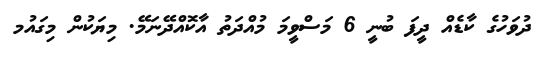
ދުވަހުގެ ކާޑެއް ދީފަ ބުނީ 6 މަސްވީމަ މުއްދަތު އާކޮއްދޭނަމޭ. މިޔަކުން މިގައުމ